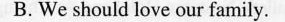
B. We should love our family.